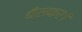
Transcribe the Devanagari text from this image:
धँसकर।